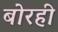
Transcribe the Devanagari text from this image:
बोरही